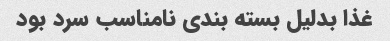
غذا بدلیل بسته بندی نامناسب سرد بود